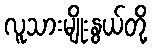
လူသားမျိုးနွယ်တို့